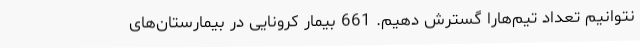
نتوانیم تعداد تیم‌هارا گسترش دهیم. 661 بیمار کرونایی در بیمارستان‌های